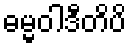
ဓမ္မဝါဒီတိပိ